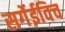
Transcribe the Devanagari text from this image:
सर्गेईविच